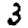
Digit: 3